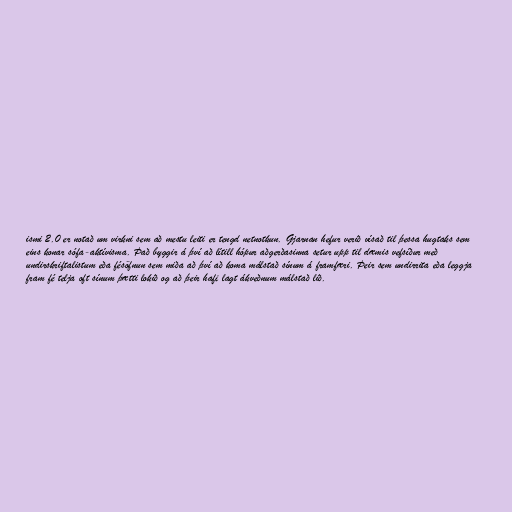
ismi 2.0 er notað um virkni sem að mestu leiti er tengd netnotkun. Gjarnan hefur verið vísað til þessa hugtaks sem
eins konar sófa-aktívisma. Það byggir á því að lítill hópur aðgerðasinna setur upp til dæmis vefsíður með
undirskriftalistum eða fésöfnun sem miða að því að koma málstað sínum á framfæri. Þeir sem undirrita eða leggja
fram fé telja oft sínum þætti lokið og að þeir hafi lagt ákveðnum málstað lið.